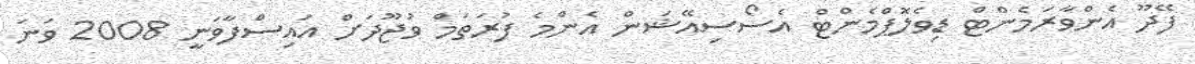
ފޭދޫ އެންވާރަމެންޓް ޑިވެލޮޕްމެންޓް އެސޯސިއޭޝަން އެންމެ ފުރަތަމް ވުޖޫދަށް އައިސްފާވަނީ 2008 ވަނަ